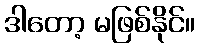
ဒါတော့ မဖြစ်နိုင်။